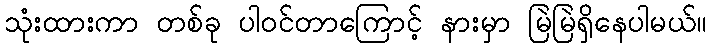
သုံးထားကာ တစ်ခု ပါဝင်တာကြောင့် နားမှာ မြဲမြဲရှိနေပါမယ်။